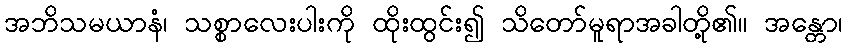
အဘိသမယာနံ၊ သစ္စာလေးပါးကို ထိုးထွင်း၍ သိတော်မူရာအခါတို့၏။ အန္တော၊